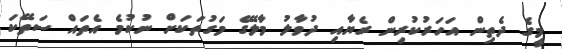
މީގެ ދެތިން އަހަރުކުރިން ރެޔާއި ދުވާލު މާލޭގެ މަގުތަކަށް ނުކުމެ އެތައް ސަތޭކަ